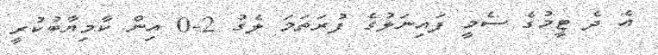
އެ ދެ ޓީމުގެ ސެމީ ފައިނަލުގެ ފުރަތަމަ ލެގު 2-0 އިން ކާމިޔާބުކުރީ